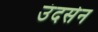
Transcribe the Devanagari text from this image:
उंदसेन